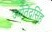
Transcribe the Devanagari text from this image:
ज्योतेंद्रसिंह